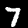
Digit: 7